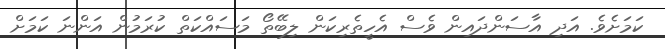
ކަމަށެވެ. އަދި އާސަންދައިން ވެސް އެހީތެރިކަން ލިބޭތޯ މަސައްކަތް ކުރަމުން އަންނަ ކަމަށް